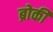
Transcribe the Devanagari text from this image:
ब्रोकी